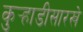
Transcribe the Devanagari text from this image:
कुर्‍हाडीसारखे